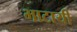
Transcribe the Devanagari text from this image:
भाटायी